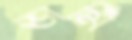
ভার্মি